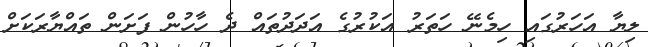
ލިޔާ އަހަރުގައި ހިމެނޭ ހަތަރު އަކުރުގެ އަދަދުތައް ދެ ހާހުން ފަށަން ތައްޔާރަކަށް